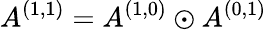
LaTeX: A^{(1,1)}=A^{(1,0)}\odot A^{(0,1)}